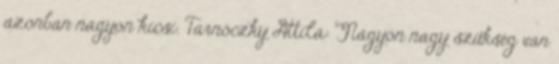
azonban nagyon kicsi. Tarnóczky Attila: Nagyon nagy szükség van